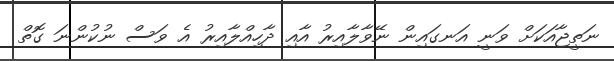
ނަތީޖާއަކަށް ވަނީ އަނގައިން ނޭވާލާއިރު އާއި ދާހިއްލާއިރު އެ ވަސް ނުކުންނަ ގޮތް